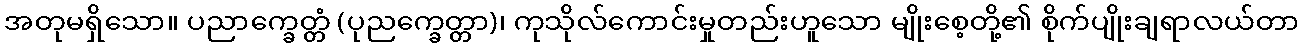
အတုမရှိသော။ ပညာက္ခေတ္တံ (ပုညက္ခေတ္တာ)၊ ကုသိုလ်ကောင်းမှုတည်းဟူသော မျိုးစေ့တို့၏ စိုက်ပျိုးချရာလယ်တာ